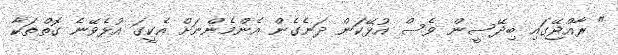
" ރާއްޖޭގައި ބިދޭސީން ވެސް އުޅޭކަން ދަނެގެން އެންމެންނަށް އެކީގަ އުޅެވޭނެ ގޮތްތަކާ